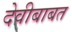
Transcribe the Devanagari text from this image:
देवीबाबत